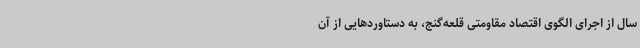
سال از اجرای الگوی اقتصاد مقاومتی قلعه‌گنج، به دستاوردهایی از آن